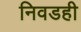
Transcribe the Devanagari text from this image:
निवडही